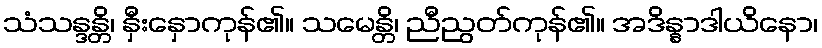
သံသန္ဒန္တိ၊ နှီးနှောကုန်၏။ သမေန္တိ၊ ညီညွတ်ကုန်၏။ အဒိန္နာဒါယိနော၊